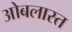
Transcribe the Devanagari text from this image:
ओबलास्त